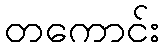
တကောင်း